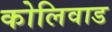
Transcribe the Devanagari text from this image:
कोलिवाड